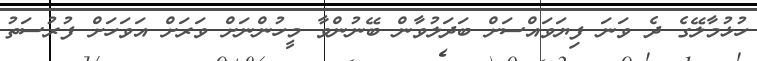
ހުޅުމާލޭގެ ދެ ވަނަ ފިޔަވައްސަށް ބަދަލުވާން ބޭނުންވާ މީހުންނަށް ވަރަށް އަވަހަށް ފުރުސަތު